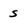
Character: s